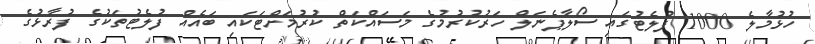
ހުޅުމާލެ 1000 ފުލެޓުގައި ސޯލާޕެނަލް ހަރުކުރުމުގެ މަސައްކަތް ކުރުމަށްޓަކައި ބައެއް ފުލެޓުތަކުގެ ފުރާޅުގެ